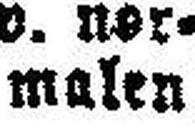
malen